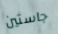
جاستين